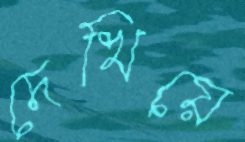
দেখিয়ে